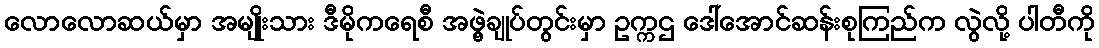
လောလောဆယ်မှာ အမျိုးသား ဒီမိုကရေစီ အဖွဲ့ချုပ်တွင်းမှာ ဥက္ကဌ ဒေါ်အောင်ဆန်းစုကြည်က လွဲလို့ ပါတီကို